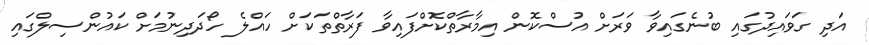
އަދި ގަވައިދުގައި ބުނެގައިވާ ވަރަށް އުސްކޮން އިމާރާތްކޮށްފައިވާ ފަރާތްތަކަށް ހައްލެ ހޯދަދިނުމަށް ކައުންސިލްގައި